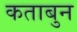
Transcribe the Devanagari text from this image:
कताबुन